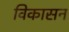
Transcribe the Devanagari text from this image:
विकासन